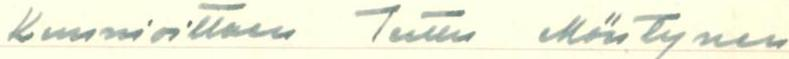
Kunnioittaen Terttu Mäntynen